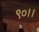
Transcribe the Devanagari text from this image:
९०।।